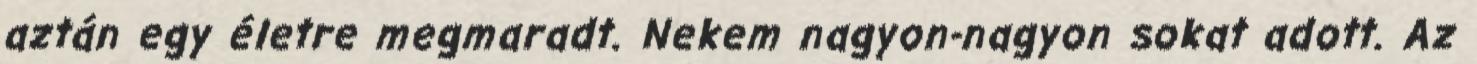
aztán egy életre megmaradt. Nekem nagyon-nagyon sokat adott. Az